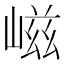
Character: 嵫